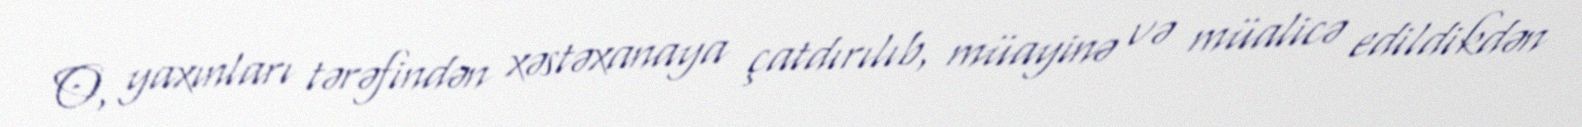
O, yaxınları tərəfindən xəstəxanaya çatdırılıb, müayinə və müalicə edildikdən